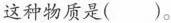
这种物质是（）。